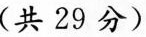
(共29分)